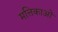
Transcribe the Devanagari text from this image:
मत्तिकाओं